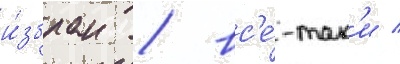
и́збран / вс'е́-так'и /